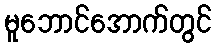
မူဘောင်အောက်တွင်